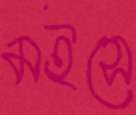
মইসে